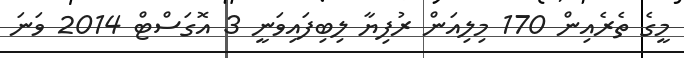
މީގެ ތެރެއިން 170 މިލިއަން ރުފިޔާ ލިބިފައިވަނީ 3 އޮގަސްޓް 2014 ވަނަ